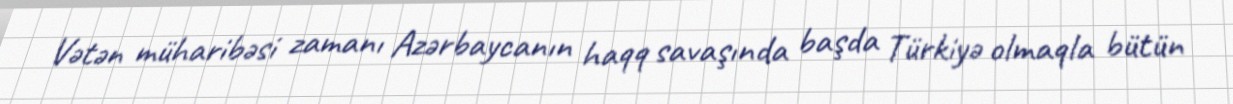
Vətən müharibəsi zamanı Azərbaycanın haqq savaşında başda Türkiyə olmaqla bütün